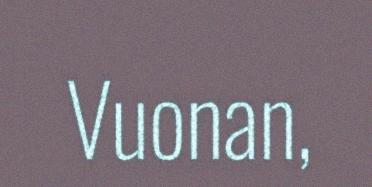
Vuonan,